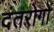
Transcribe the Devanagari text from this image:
दंतरोगों